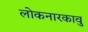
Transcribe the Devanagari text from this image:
लोकनारकावु